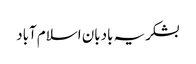
بشکریہ بادبان اسلام آباد